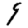
Digit: 9